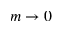
m \to 0